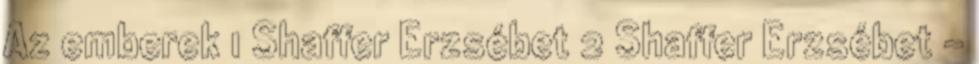
Az emberek 1 Shaffer Erzsébet 2 Shaffer Erzsébet -